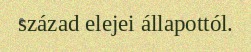
század elejei állapottól.